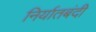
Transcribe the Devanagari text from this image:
निर्यातबंदी